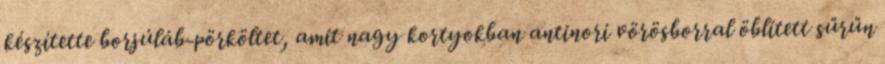
készítette borjúláb-pörköltet, amit nagy kortyokban anti­no­ri vörösborral öblített sűrűn